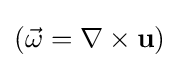
({\vec {\omega }}=\nabla \times \mathbf {u} )